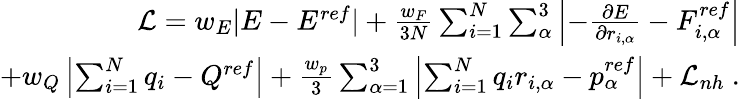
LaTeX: \begin{array}{r}{\mathcal{L}=w_{E}|E-E^{ref}|+\frac{w_{F}}{3N}\sum_{i=1}^{N}\sum_{\alpha}^{3}\left|-\frac{\partial E}{\partial r_{i,\alpha}}-F_{i,\alpha}^{ref}\right|}\\ {+w_{Q}\left|\sum_{i=1}^{N}q_{i}-Q^{ref}\right|+\frac{w_{p}}{3}\sum_{\alpha=1}^{3}\left|\sum_{i=1}^{N}q_{i}r_{i,\alpha}-p_{\alpha}^{ref}\right|+\mathcal{L}_{nh}~.}\end{array}